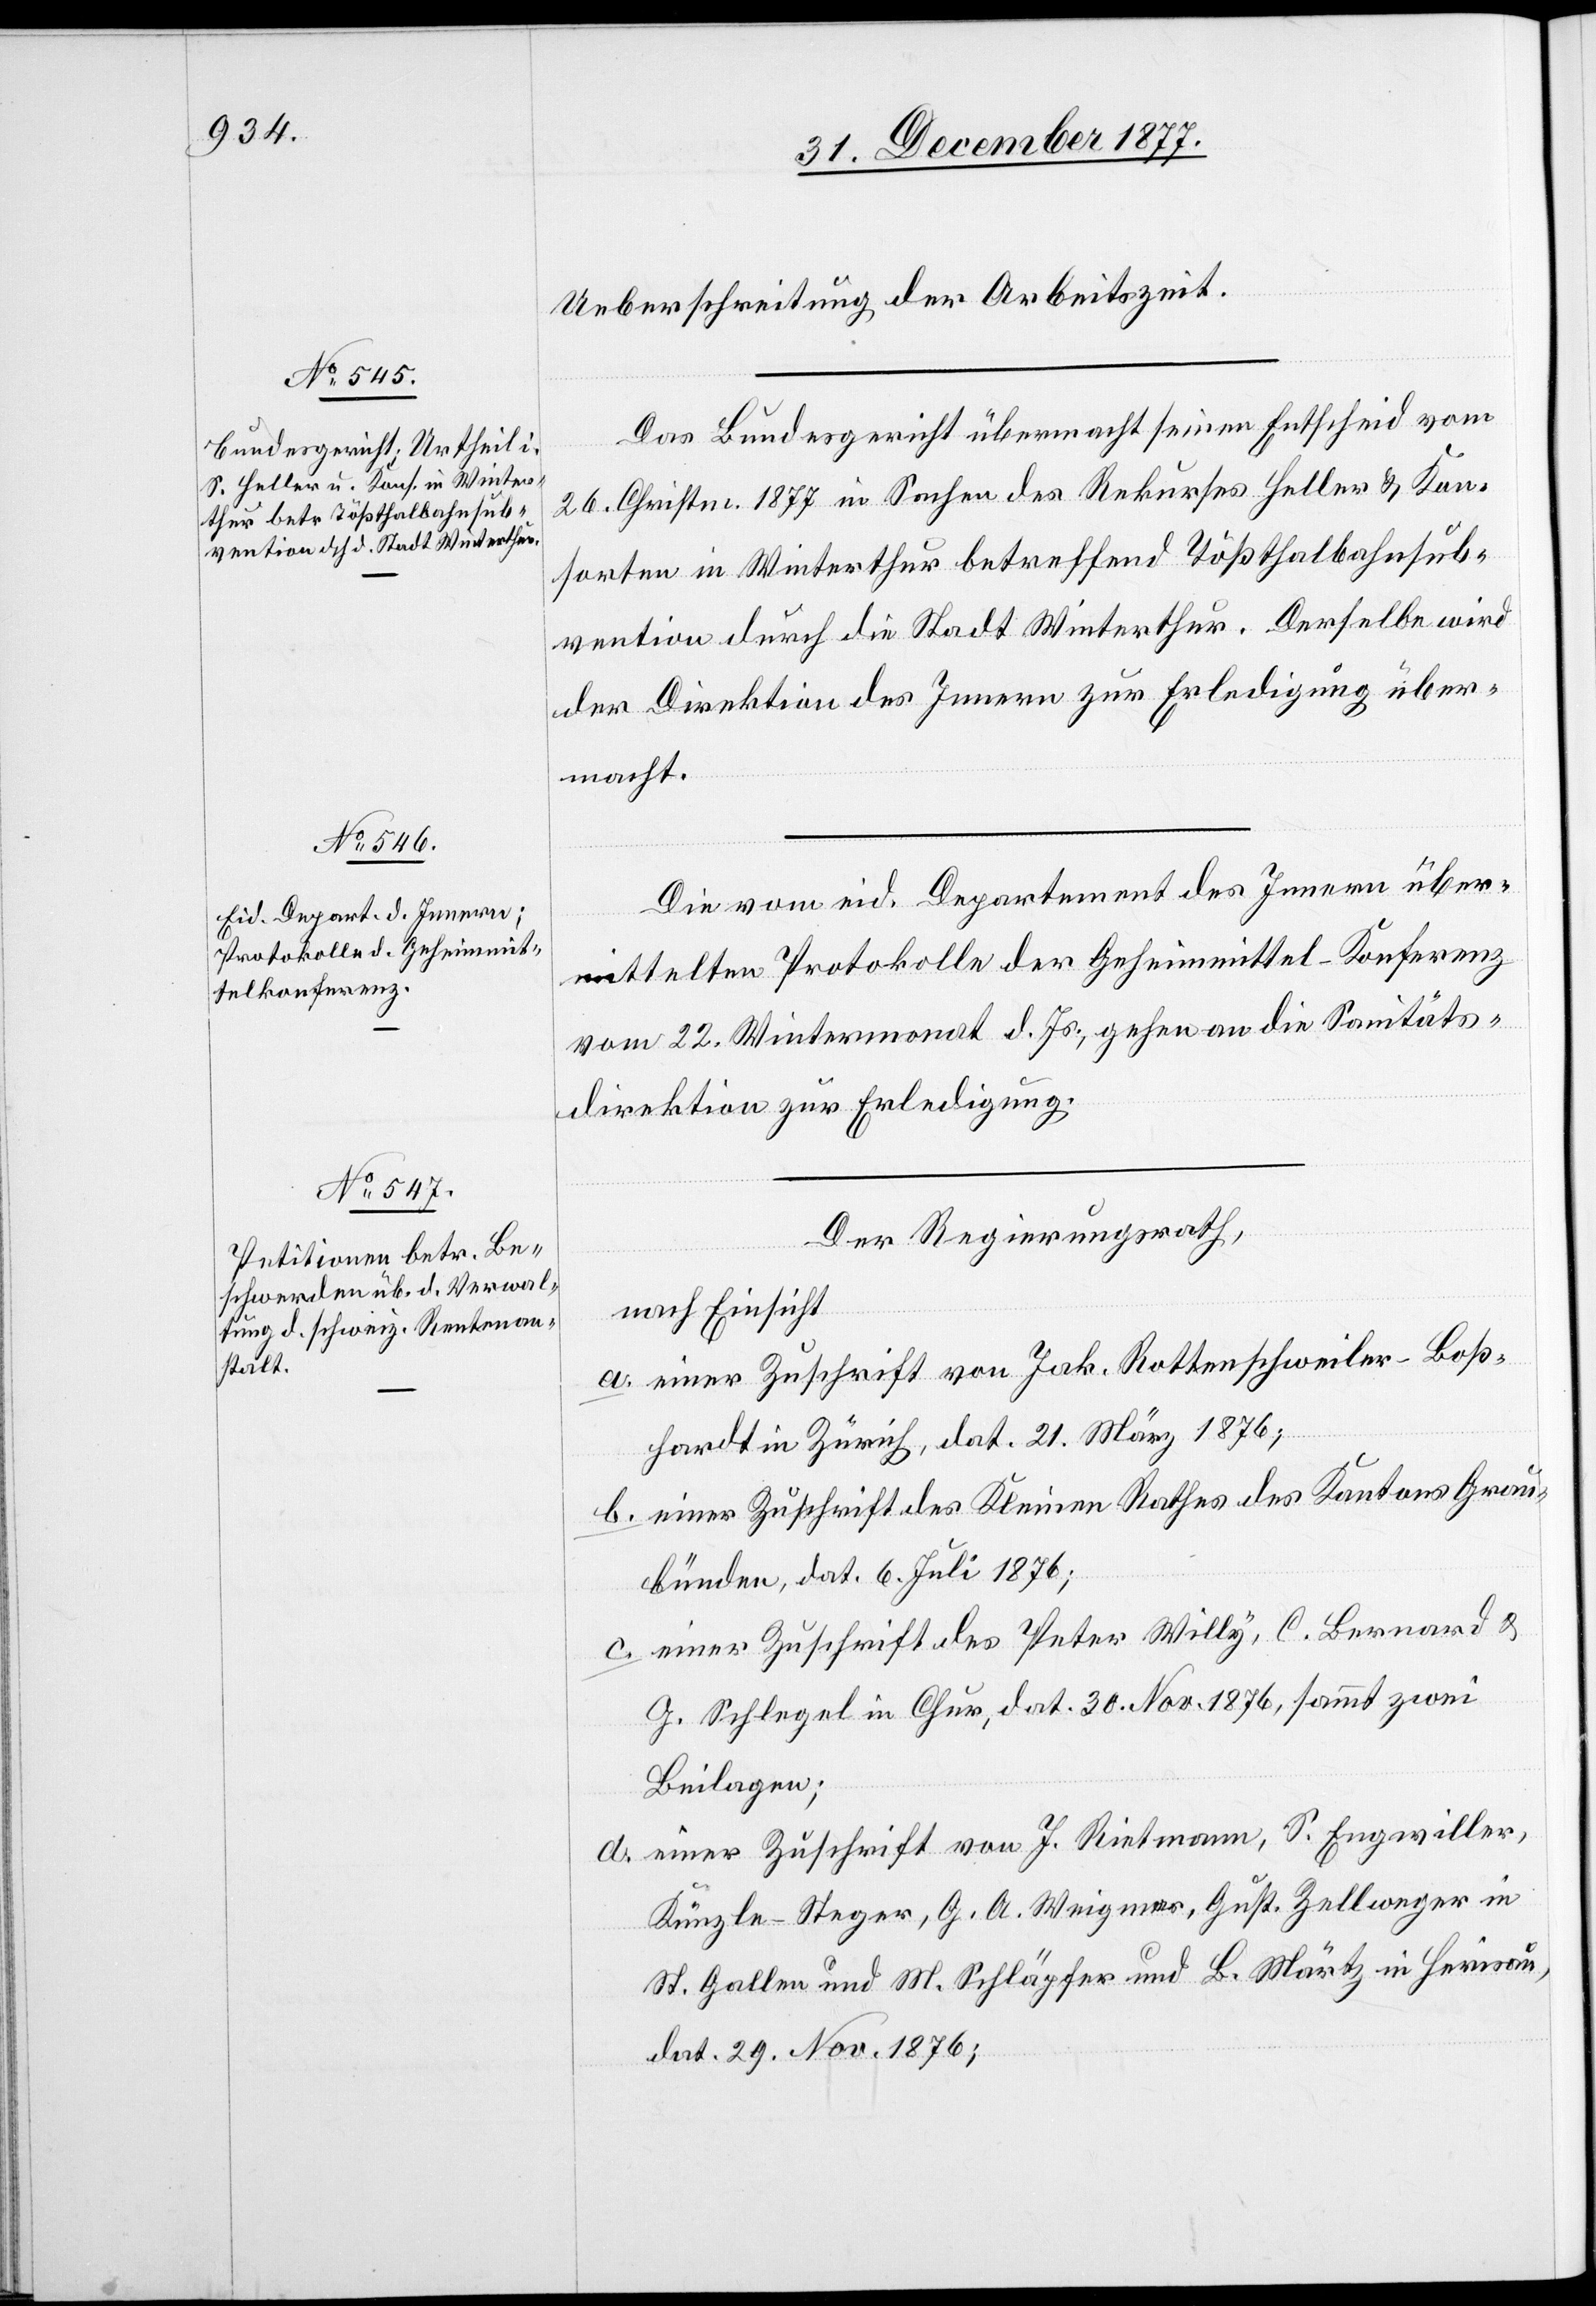
Ueberschreitung der Arbeitszeit.
Das Bundesgericht übermacht seinen Entscheid vom
26. Christm. 1877 in Sachen des Rekurses Heller & Kon¬
sorten in Winterthur betreffend Tößthalbahnsub¬
vention durch die Stadt Winterthur. Derselbe wird
der Direktion des Innern zur Erledigung über¬
macht.
Die vom eid. Departement des Innern über¬
mittelten Protokolle der Geheimmittel-Konferenz
vom 22. Wintermonat d. Js., gehen an die Sanitäts¬
direktion zur Erledigung.
Der Regierungsrath,
nach Einsicht
einer Zuschrift von Jak. Rottenschweiler-Boß¬
hardt in Zürich, dat. 21. März 1876;
einer Zuschrift des Kleinen Rathes des Kantons Grau¬
bünden, dat. 6. Juli 1876;
einer Zuschrift des Peter Willy, C. Bernard &
G. Schlegel in Chur, dat. 30. Nov. 1876, sammt zwei
Beilagen;
einer Zuschrift von J. Rietmann, S. Engwiller,
Künzle-Steger, G. A. Weigmar, Gust. Zellweger in
St. Gallen und M. Schläpfer und B. Märtz in Herisau,
dat. 29. Nov. 1876;